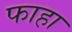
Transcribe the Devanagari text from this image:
फाहा